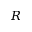
R